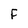
Character: F